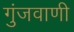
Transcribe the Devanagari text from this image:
गुंजवाणी